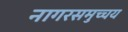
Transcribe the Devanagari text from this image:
नागरसमुच्चय